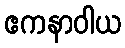
ဧကနာဝါယ